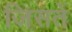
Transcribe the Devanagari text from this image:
जिसतें